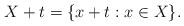
LaTeX: \begin{align*}X+t = \{x + t : x\in X\}.\end{align*}